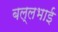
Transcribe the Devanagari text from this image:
बल्लभाई